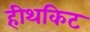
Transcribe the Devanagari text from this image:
हीथकिट